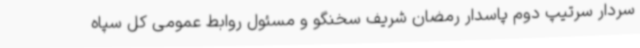
سردار سرتیپ دوم پاسدار رمضان شریف سخنگو و مسئول روابط عمومی کل سپاه